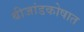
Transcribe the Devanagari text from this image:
बीजांडकोषात